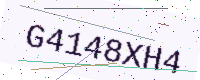
Text: G4148XH4